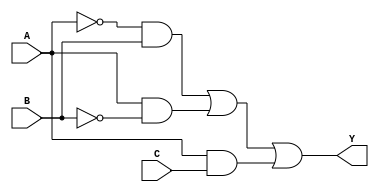
module combinational_logic_block (
    input wire A,  // Input variable A
    input wire B,  // Input variable B
    input wire C,  // Input variable C
    output wire Y  // Output variable Y
);

// Minimized logic expression derived from the truth table
// Let's assume the minimized expression is: Y = A'B + AB' + AC
assign Y = (~A & B) | (A & ~B) | (A & C);

endmodule